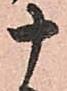
十